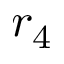
r _ { 4 }